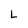
Character: L